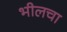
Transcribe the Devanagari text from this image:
भीलचा